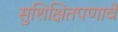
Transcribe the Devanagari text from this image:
सुशिक्षितपणाचे